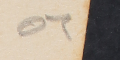
٥٦